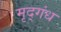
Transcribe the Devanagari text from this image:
मृद्‌गंध